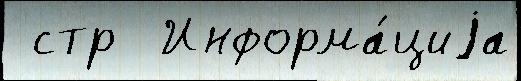
 стр  Информа́циjа